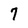
Character: 7